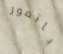
باتمور